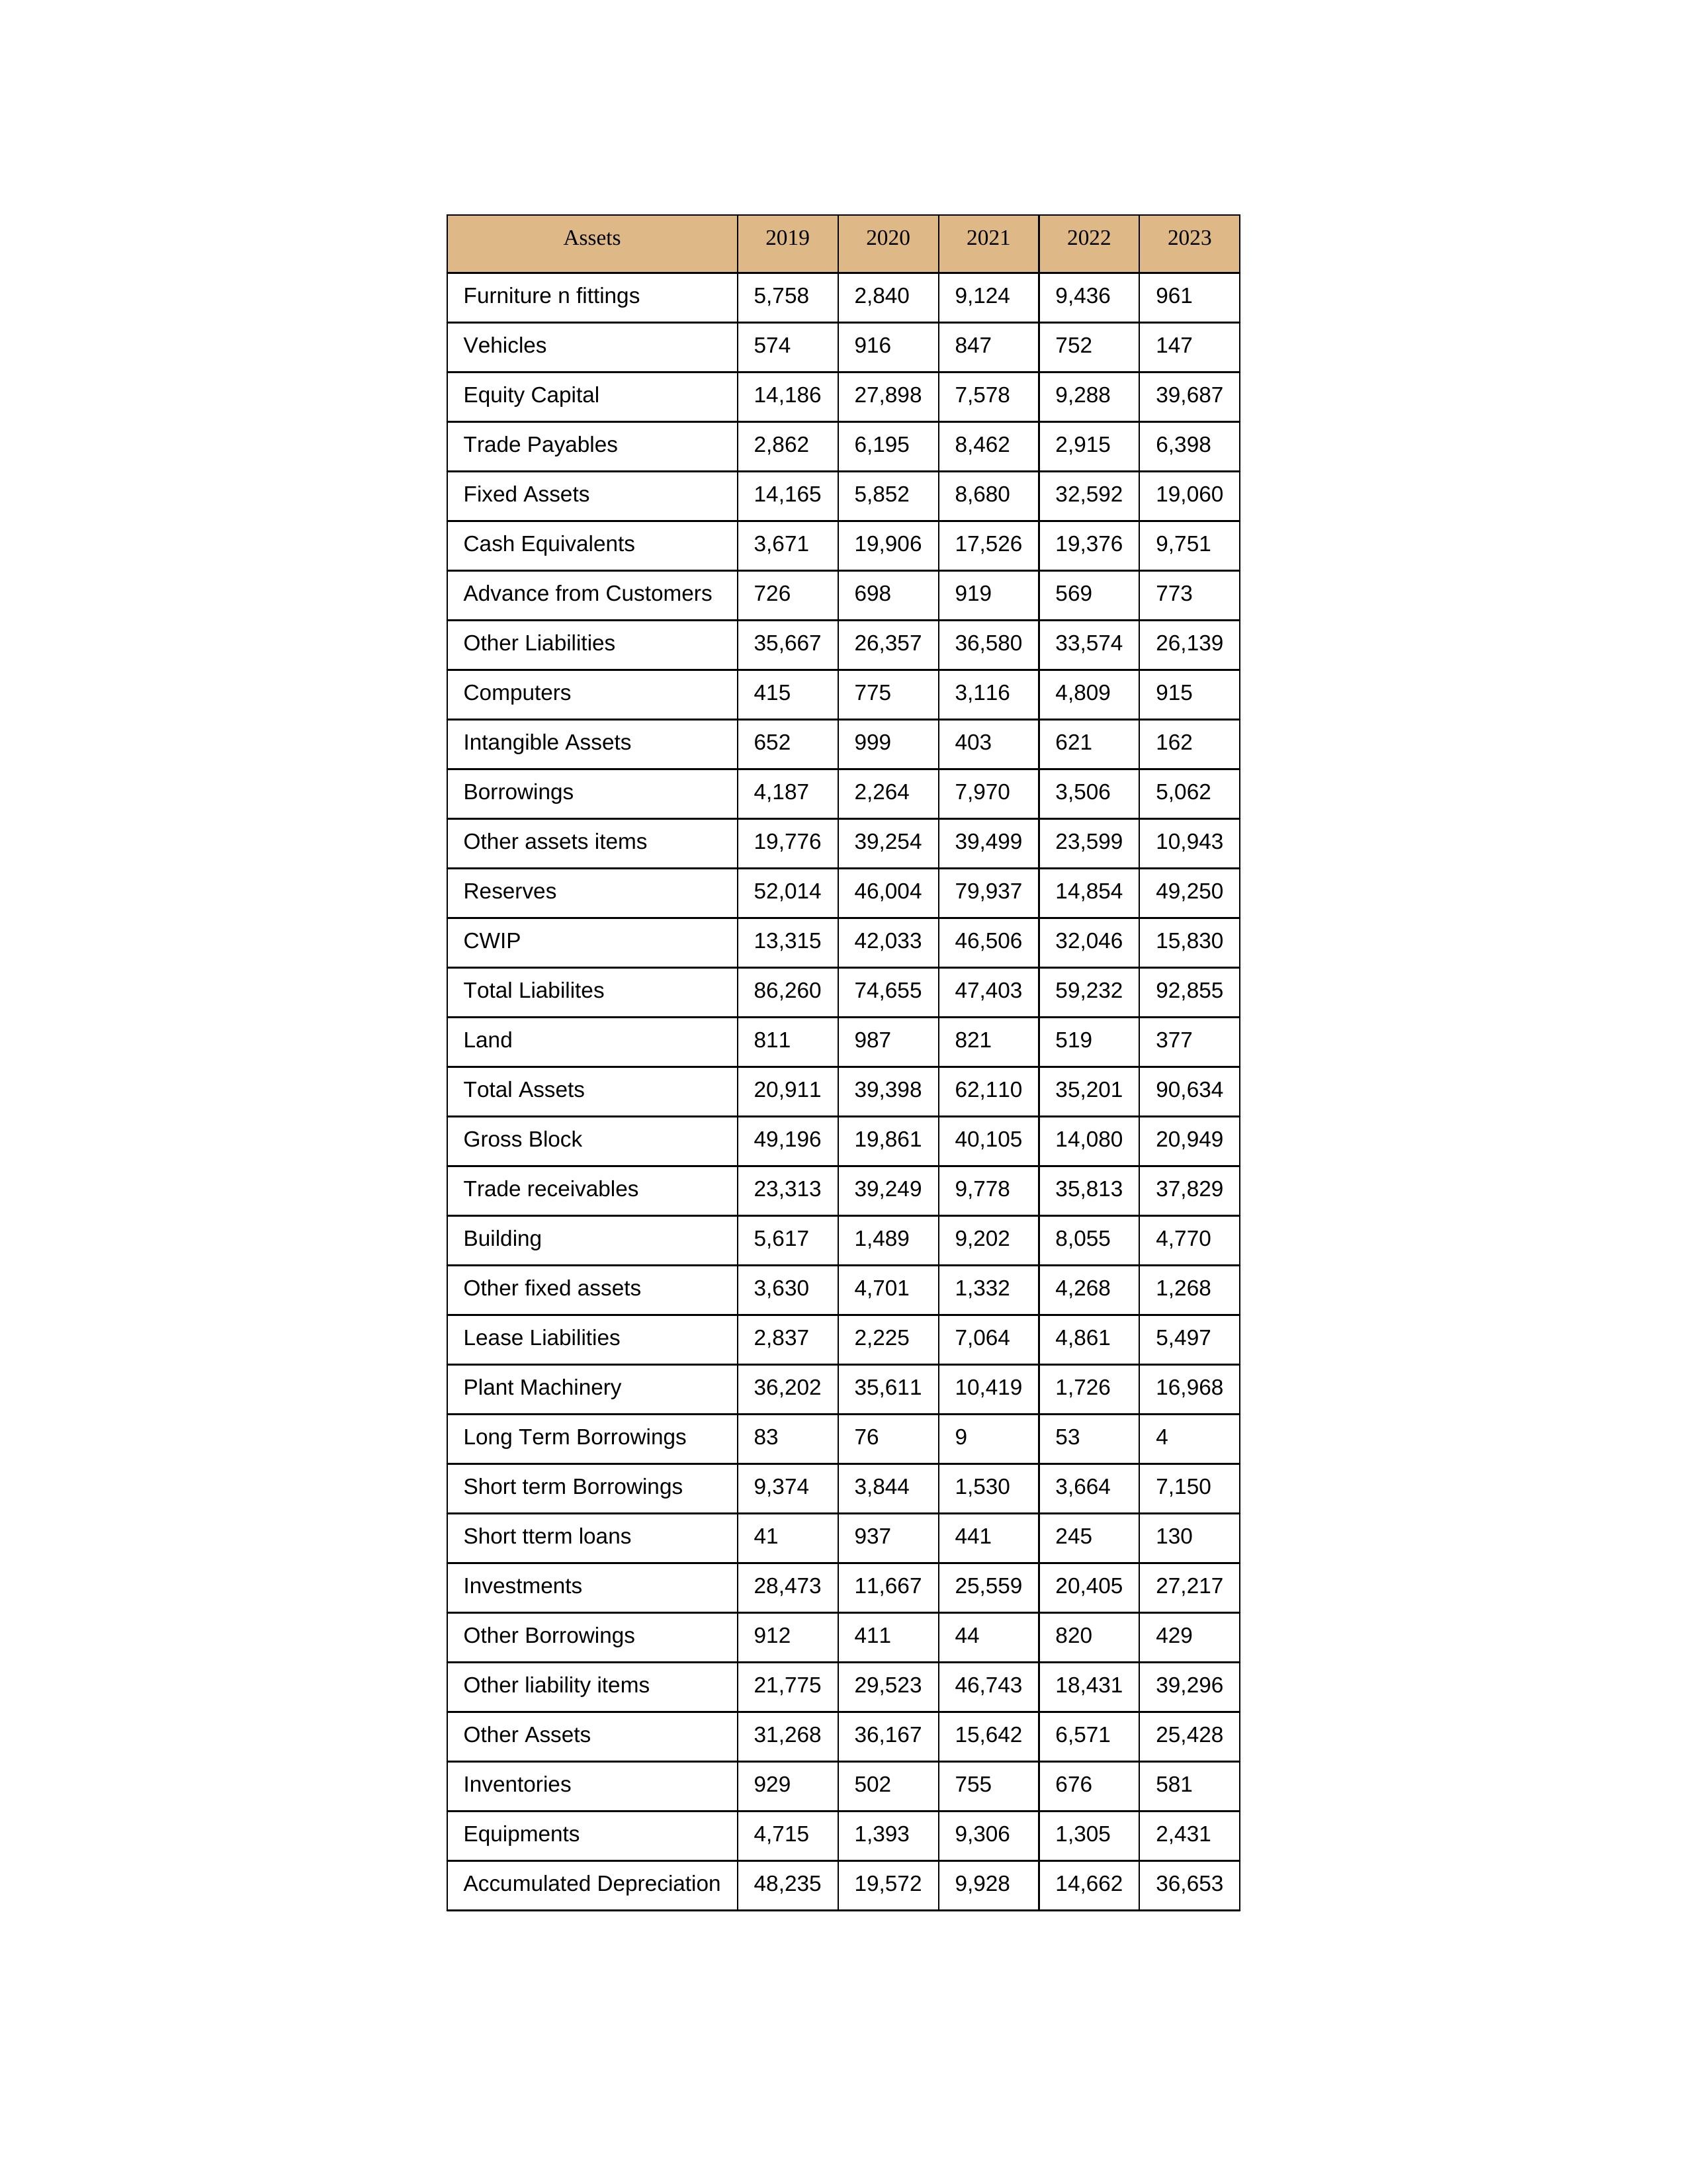
gt_parse: 2019: Equity Capital: 14,186
Reserves: 52,014
Borrowings: 4,187
Long Term Borrowings: 83
Short term Borrowings: 9,374
Lease Liabilities: 2,837
Other Borrowings: 912
Other Liabilities: 35,667
Trade Payables: 2,862
Advance from Customers: 726
Other liability items: 21,775
Total Liabilites: 86,260
Fixed Assets: 14,165
Land: 811
Building: 5,617
Plant Machinery: 36,202
Equipments: 4,715
Computers: 415
Furniture n fittings: 5,758
Vehicles: 574
Intangible Assets: 652
Other fixed assets: 3,630
Gross Block: 49,196
Accumulated Depreciation: 48,235
CWIP: 13,315
Investments: 28,473
Other Assets: 31,268
Inventories: 929
Trade receivables: 23,313
Cash Equivalents: 3,671
Short tterm loans: 41
Other assets items: 19,776
Total Assets: 20,911
2020: Equity Capital: 27,898
Reserves: 46,004
Borrowings: 2,264
Long Term Borrowings: 76
Short term Borrowings: 3,844
Lease Liabilities: 2,225
Other Borrowings: 411
Other Liabilities: 26,357
Trade Payables: 6,195
Advance from Customers: 698
Other liability items: 29,523
Total Liabilites: 74,655
Fixed Assets: 5,852
Land: 987
Building: 1,489
Plant Machinery: 35,611
Equipments: 1,393
Computers: 775
Furniture n fittings: 2,840
Vehicles: 916
Intangible Assets: 999
Other fixed assets: 4,701
Gross Block: 19,861
Accumulated Depreciation: 19,572
CWIP: 42,033
Investments: 11,667
Other Assets: 36,167
Inventories: 502
Trade receivables: 39,249
Cash Equivalents: 19,906
Short tterm loans: 937
Other assets items: 39,254
Total Assets: 39,398
2021: Equity Capital: 7,578
Reserves: 79,937
Borrowings: 7,970
Long Term Borrowings: 9
Short term Borrowings: 1,530
Lease Liabilities: 7,064
Other Borrowings: 44
Other Liabilities: 36,580
Trade Payables: 8,462
Advance from Customers: 919
Other liability items: 46,743
Total Liabilites: 47,403
Fixed Assets: 8,680
Land: 821
Building: 9,202
Plant Machinery: 10,419
Equipments: 9,306
Computers: 3,116
Furniture n fittings: 9,124
Vehicles: 847
Intangible Assets: 403
Other fixed assets: 1,332
Gross Block: 40,105
Accumulated Depreciation: 9,928
CWIP: 46,506
Investments: 25,559
Other Assets: 15,642
Inventories: 755
Trade receivables: 9,778
Cash Equivalents: 17,526
Short tterm loans: 441
Other assets items: 39,499
Total Assets: 62,110
2022: Equity Capital: 9,288
Reserves: 14,854
Borrowings: 3,506
Long Term Borrowings: 53
Short term Borrowings: 3,664
Lease Liabilities: 4,861
Other Borrowings: 820
Other Liabilities: 33,574
Trade Payables: 2,915
Advance from Customers: 569
Other liability items: 18,431
Total Liabilites: 59,232
Fixed Assets: 32,592
Land: 519
Building: 8,055
Plant Machinery: 1,726
Equipments: 1,305
Computers: 4,809
Furniture n fittings: 9,436
Vehicles: 752
Intangible Assets: 621
Other fixed assets: 4,268
Gross Block: 14,080
Accumulated Depreciation: 14,662
CWIP: 32,046
Investments: 20,405
Other Assets: 6,571
Inventories: 676
Trade receivables: 35,813
Cash Equivalents: 19,376
Short tterm loans: 245
Other assets items: 23,599
Total Assets: 35,201
2023: Equity Capital: 39,687
Reserves: 49,250
Borrowings: 5,062
Long Term Borrowings: 4
Short term Borrowings: 7,150
Lease Liabilities: 5,497
Other Borrowings: 429
Other Liabilities: 26,139
Trade Payables: 6,398
Advance from Customers: 773
Other liability items: 39,296
Total Liabilites: 92,855
Fixed Assets: 19,060
Land: 377
Building: 4,770
Plant Machinery: 16,968
Equipments: 2,431
Computers: 915
Furniture n fittings: 961
Vehicles: 147
Intangible Assets: 162
Other fixed assets: 1,268
Gross Block: 20,949
Accumulated Depreciation: 36,653
CWIP: 15,830
Investments: 27,217
Other Assets: 25,428
Inventories: 581
Trade receivables: 37,829
Cash Equivalents: 9,751
Short tterm loans: 130
Other assets items: 10,943
Total Assets: 90,634